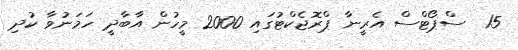
15  ސްޕޯޓްސް އެރީނާ ޕްރޮޖެކްޓުގައި 2000 މީހުން އާބާދީ ހަމަނުވާ ކުދި